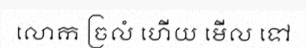
លោក ច្រលំ ហើយ មើល ទៅ